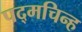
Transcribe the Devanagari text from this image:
पद्मचिन्ह